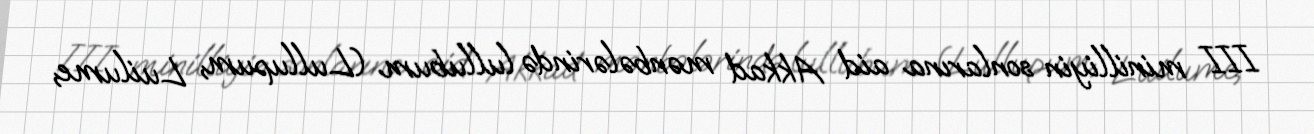
III minilliyin sonlarına aid Akkad mənbələrində lullubum (Lullupum, Luilume,